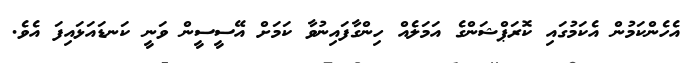
އެހެންކަމުން އެކަމުގައި ކޮރަޕްޝަންގެ އަމަލެއް ހިންގާފައިނުވާ ކަމަށް އޭސީސީން ވަނީ ކަނޑައަޅައިފަ އެވެ.